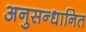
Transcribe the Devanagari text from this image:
अनुसन्‍धानित